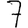
Digit: 7